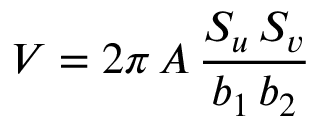
V = 2 \pi \, A \, \frac { S _ { u } \, S _ { v } } { b _ { 1 } \, b _ { 2 } }